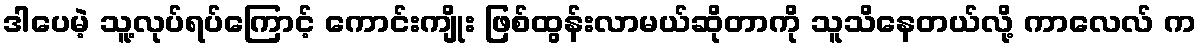
ဒါပေမဲ့ သူ့လုပ်ရပ်ကြောင့် ကောင်းကျိုး ဖြစ်ထွန်းလာမယ်ဆိုတာကို သူသိနေတယ်လို့ ကာလေလ် က